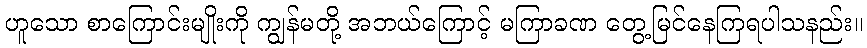
ဟူသော စာကြောင်းမျိုးကို ကျွန်မတို့ အဘယ်ကြောင့် မကြာခဏ တွေ့မြင်နေကြရပါသနည်း။